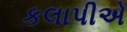
કલાપીએ